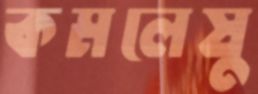
কমলেষু